Vaccination in the Punjab 1905-1918 - 1905-1918
Year: 1905
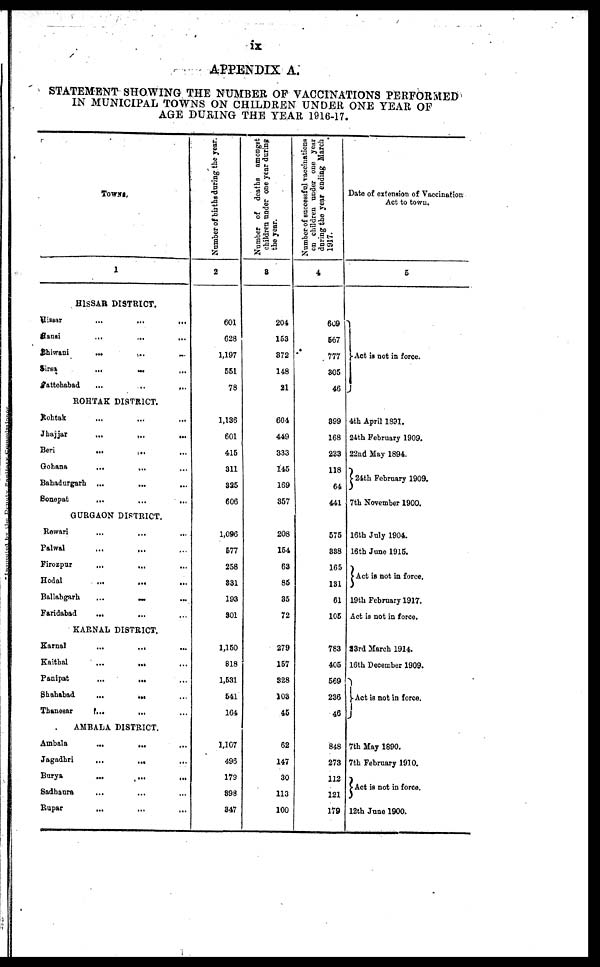
ix
APPENDIX A.
STATEMENT SHOWING THE NUMBER OF VACCINATIONS PERFORMED
IN MUNICIPAL TOWNS ON CHILDREN UNDER ONE YEAR OF
AGE DURING THE YEAR 1916-17.
TOWNS.
1
HISSAR DISTRICT.
Hissar
...
...
...
Hansi ... ... ...
Bhiwani
...
...
...
Sirsa
...
... ...
Fattehabad ... ... ...
ROHTAK DISTRICT.
Rohtak ... ... ...
Jhajjar
...
...
...
Beri ... ... ...
Gohana ... ... ...
Bahadurgarh ...
... ...
Sonepat ... ... ...
GURGAON DISTRICT.
Rewari ... ... ...
Palwal ... ... ...
Firozpur ... ... ...
Hodal ... ... ...
Ballabgarh
...
... ...
Faridabad ... ... ...
KARNAL DISTRICT.
Karnal ... ... ...
Kaithal ... ... ...
Panipat ... ... ...
Shahabad
...
... ...
Thanesar ... ... ...
AMBALA DISTRICT.
Ambala
...
... ...
Jagadhri
...
... ...
Burya
...
...
... ...
Sadhaura ... ... ...
Rupar ... ... ...
Number of births during the year.
2
601
628
1,197
551
78
1,186
601
415
311
325
606
1,096
577
258
831
193
301
1,150
818
1,531
541
164
1,107
496
179
398
347
Number of deaths amongst
children under one year during
the year.
3
204
153
372
148
21
604
449
333
145
169
357
208
154
63
85
35
72
279
157
328
103
45
62
147
30
113
100
Number of successful vaccinations
on children under one year
during the year ending March
1917.
4
609
567
777
305
46
899
168
233
118
64
441
575
338
165
131
61
105
783
405
569
236
46
848
273
112
121
179
Date of extension of Vaccination
Act to town.
5
Act is not in force.
4th April 1891.
24th February 1909.
22nd May 1894.
24th February 1909.
7th November 1900.
16th July 1904.
16th June 1915.
Act is not in force.
19th February 1917.
Act is not in force.
23rd March 1914.
16th December 1909.
Act is not in force.
7th May 1890.
7th February 1910.
Act is not in force.
12th June 1900.